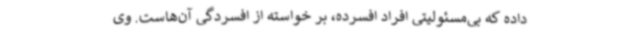
داده که بی‌مسئولیتی افراد افسرده، بر خواسته از افسردگی آن‌هاست. وی